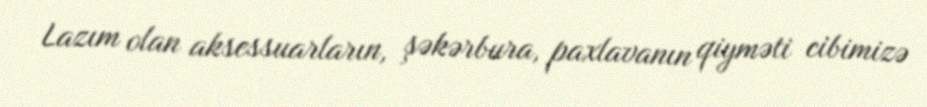
Lazım olan aksessuarların, şəkərbura, paxlavanın qiyməti cibimizə